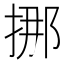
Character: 挪